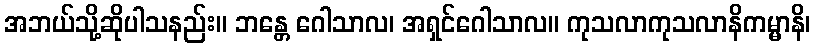
အဘယ်သို့ဆိုပါသနည်း။ ဘန္တေ ဂေါသာလ၊ အရှင်ဂေါသာလ။ ကုသလာကုသလာနိကမ္မာနိ၊